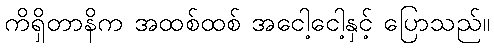
ကိရှိတာနိက အထစ်ထစ် အငေါ့ငေါ့နှင့် ပြောသည်။